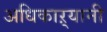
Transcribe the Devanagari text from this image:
अधिकाऱ्यानी